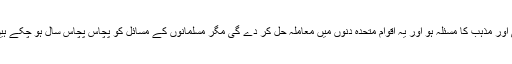
مسلمانوں کے علاوہ دنیا میں کسی اور مذہب کا مسئلہ ہو اور یہ اقوام متحدہ دنوں میں معاملہ حل کر دے گی مگر مسلمانوں کے مسائل کو پچاس پچاس سال ہو چکے ہیں کوئی ایکشن ہی نہیں لیا جا رہا ۔